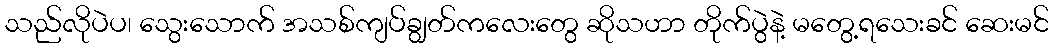
သည်လိုပဲပ၊ သွေးသောက် အသစ်ကျပ်ချွတ်ကလေးတွေ ဆိုသဟာ တိုက်ပွဲနဲ့ မတွေ့ရသေးခင် ဆေးမင်